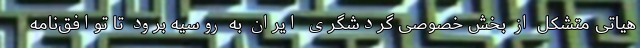
هیاتی متشکل از بخش خصوصی گردشگری ایران به روسیه برود تا توافق‌نامه